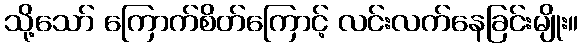
သို့သော် ကြောက်စိတ်ကြောင့် လင်းလက်နေခြင်းမျိုး။